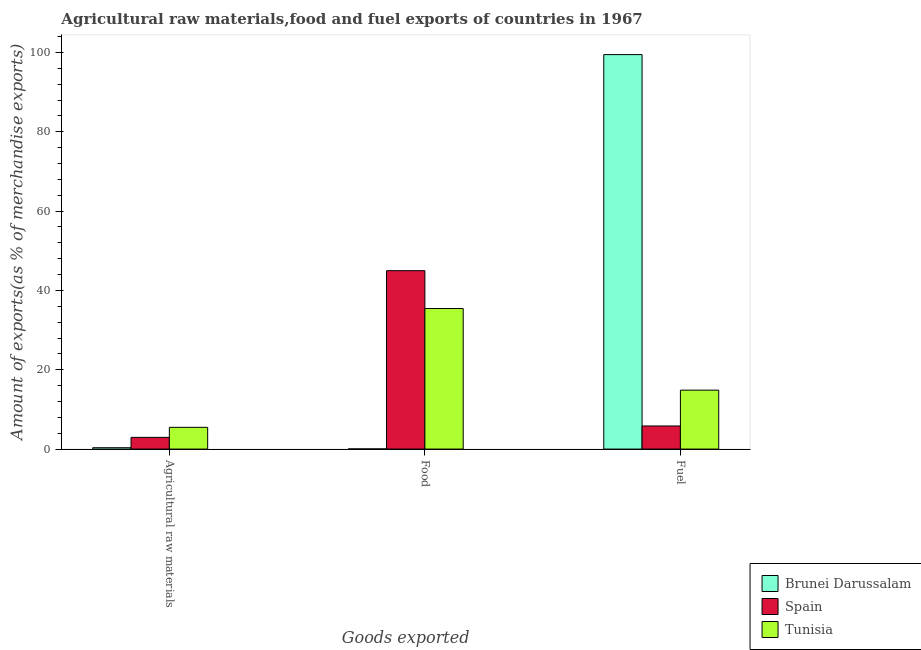
| Goods exported | Brunei Darussalam | Spain | Tunisia |
 | --- | --- | --- | --- |
 | Agricultural raw materials | 0.345 | 2.95 | 5.48 |
 | Food | 0.0389 | 45 | 35.4 |
 | Fuel | 99.5 | 5.82 | 14.9 |